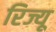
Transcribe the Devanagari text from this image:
रिज्यू